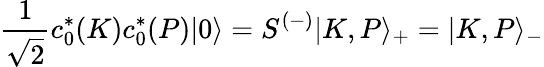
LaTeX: {\frac{1}{\sqrt{2}}}c_{0}^{\ast}(K)c_{0}^{\ast}(P)|0\rangle=S^{(-)}|K,P\rangle_{+}=|K,P\rangle_{-}